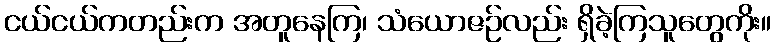
ငယ်ငယ်ကတည်းက အတူနေကြ၊ သံယောဇဉ်လည်း ရှိခဲ့ကြသူတွေကိုး။